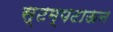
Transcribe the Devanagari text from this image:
स्टम्पटाऊन